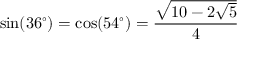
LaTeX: \sin ( 3 6 ^ { \circ } ) = \cos ( 5 4 ^ { \circ } ) = { \frac { \sqrt { 1 0 - 2 { \sqrt { 5 } } } } { 4 } }